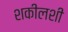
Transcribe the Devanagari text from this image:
शकीलशी